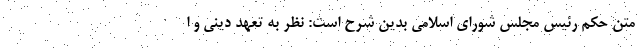
متن حکم رئیس مجلس شورای اسلامی بدین شرح است: نظر به تعهد دینی و ا